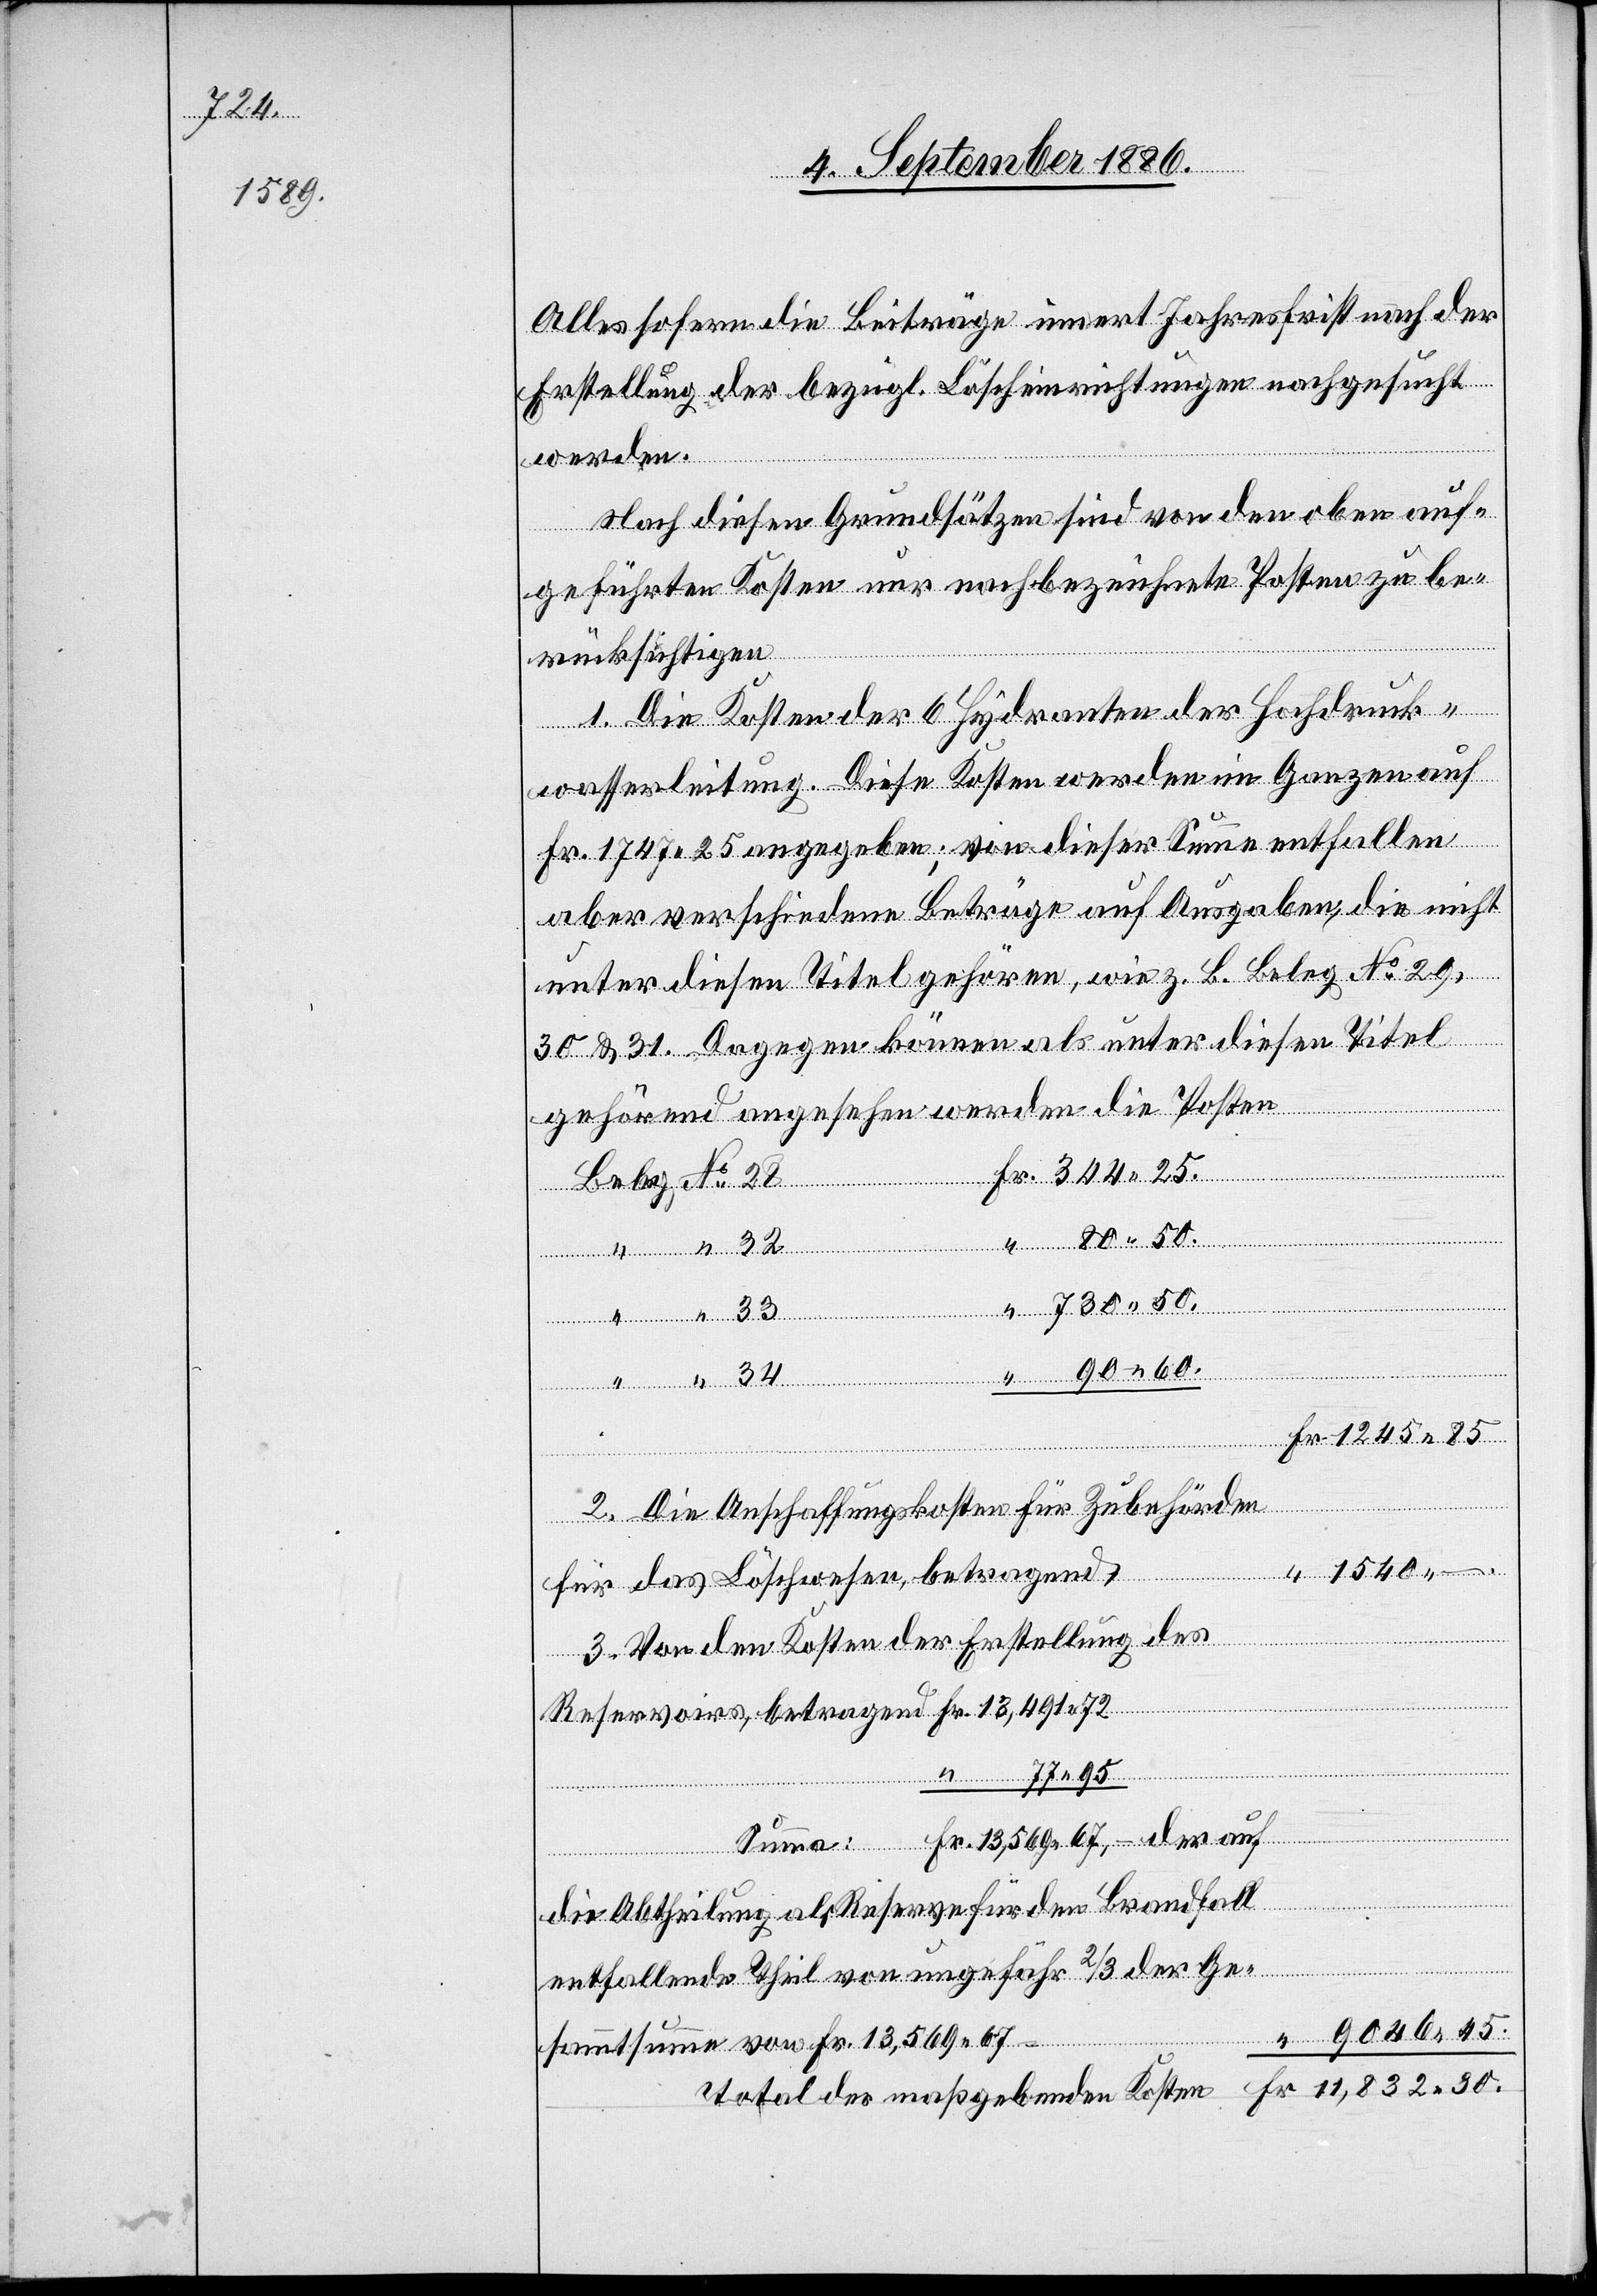
11,832 30.

Alles sofern die Beiträge innert Jahresfrist nach der
Erstellung der bezügl. Löscheinrichtungen nachgesucht
werden.
Nach diesen Grundsätzen sind von den oben an¬
geführten Kosten nur nachbezeichnete Posten zu be¬
rücksichtigen:
1. Die Kosten der 6 Hydranten der Hochdruck¬
wasserleitung. Diese Kosten werden im Ganzen auf
Fr. 1747 25 angegeben; von dieser Summe entfallen
aber verschiedene Beiträge auf Ausgaben, die nicht
unter diesen Titel gehören, wie z. B. Beleg No 29,
30 & 31. Dagegen können als unter diesen Titel
gehörend angesehen werden die Posten
Fr.
344 25.
2. Die Anschaffungskosten für Zubehörden
für das Löschwesen, betragend
3. Von den Kosten der Erstellung des
“ 77 95
die Abtheilung als Reserve für den Brandfall
entfallende Theil von ungefähr 2/3 der Ge¬
9046 45.
sammtsumme von Fr. 13,569 67